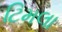
ટિમલા